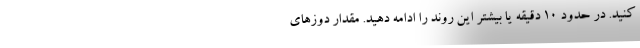
کنید. در حدود 10 دقیقه یا بیشتر این روند را ادامه دهید. مقدار دوزهای